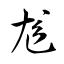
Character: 尨